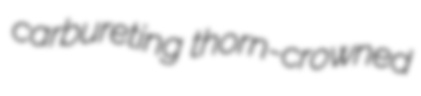
carbureting thorn-crowned